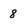
Character: 8